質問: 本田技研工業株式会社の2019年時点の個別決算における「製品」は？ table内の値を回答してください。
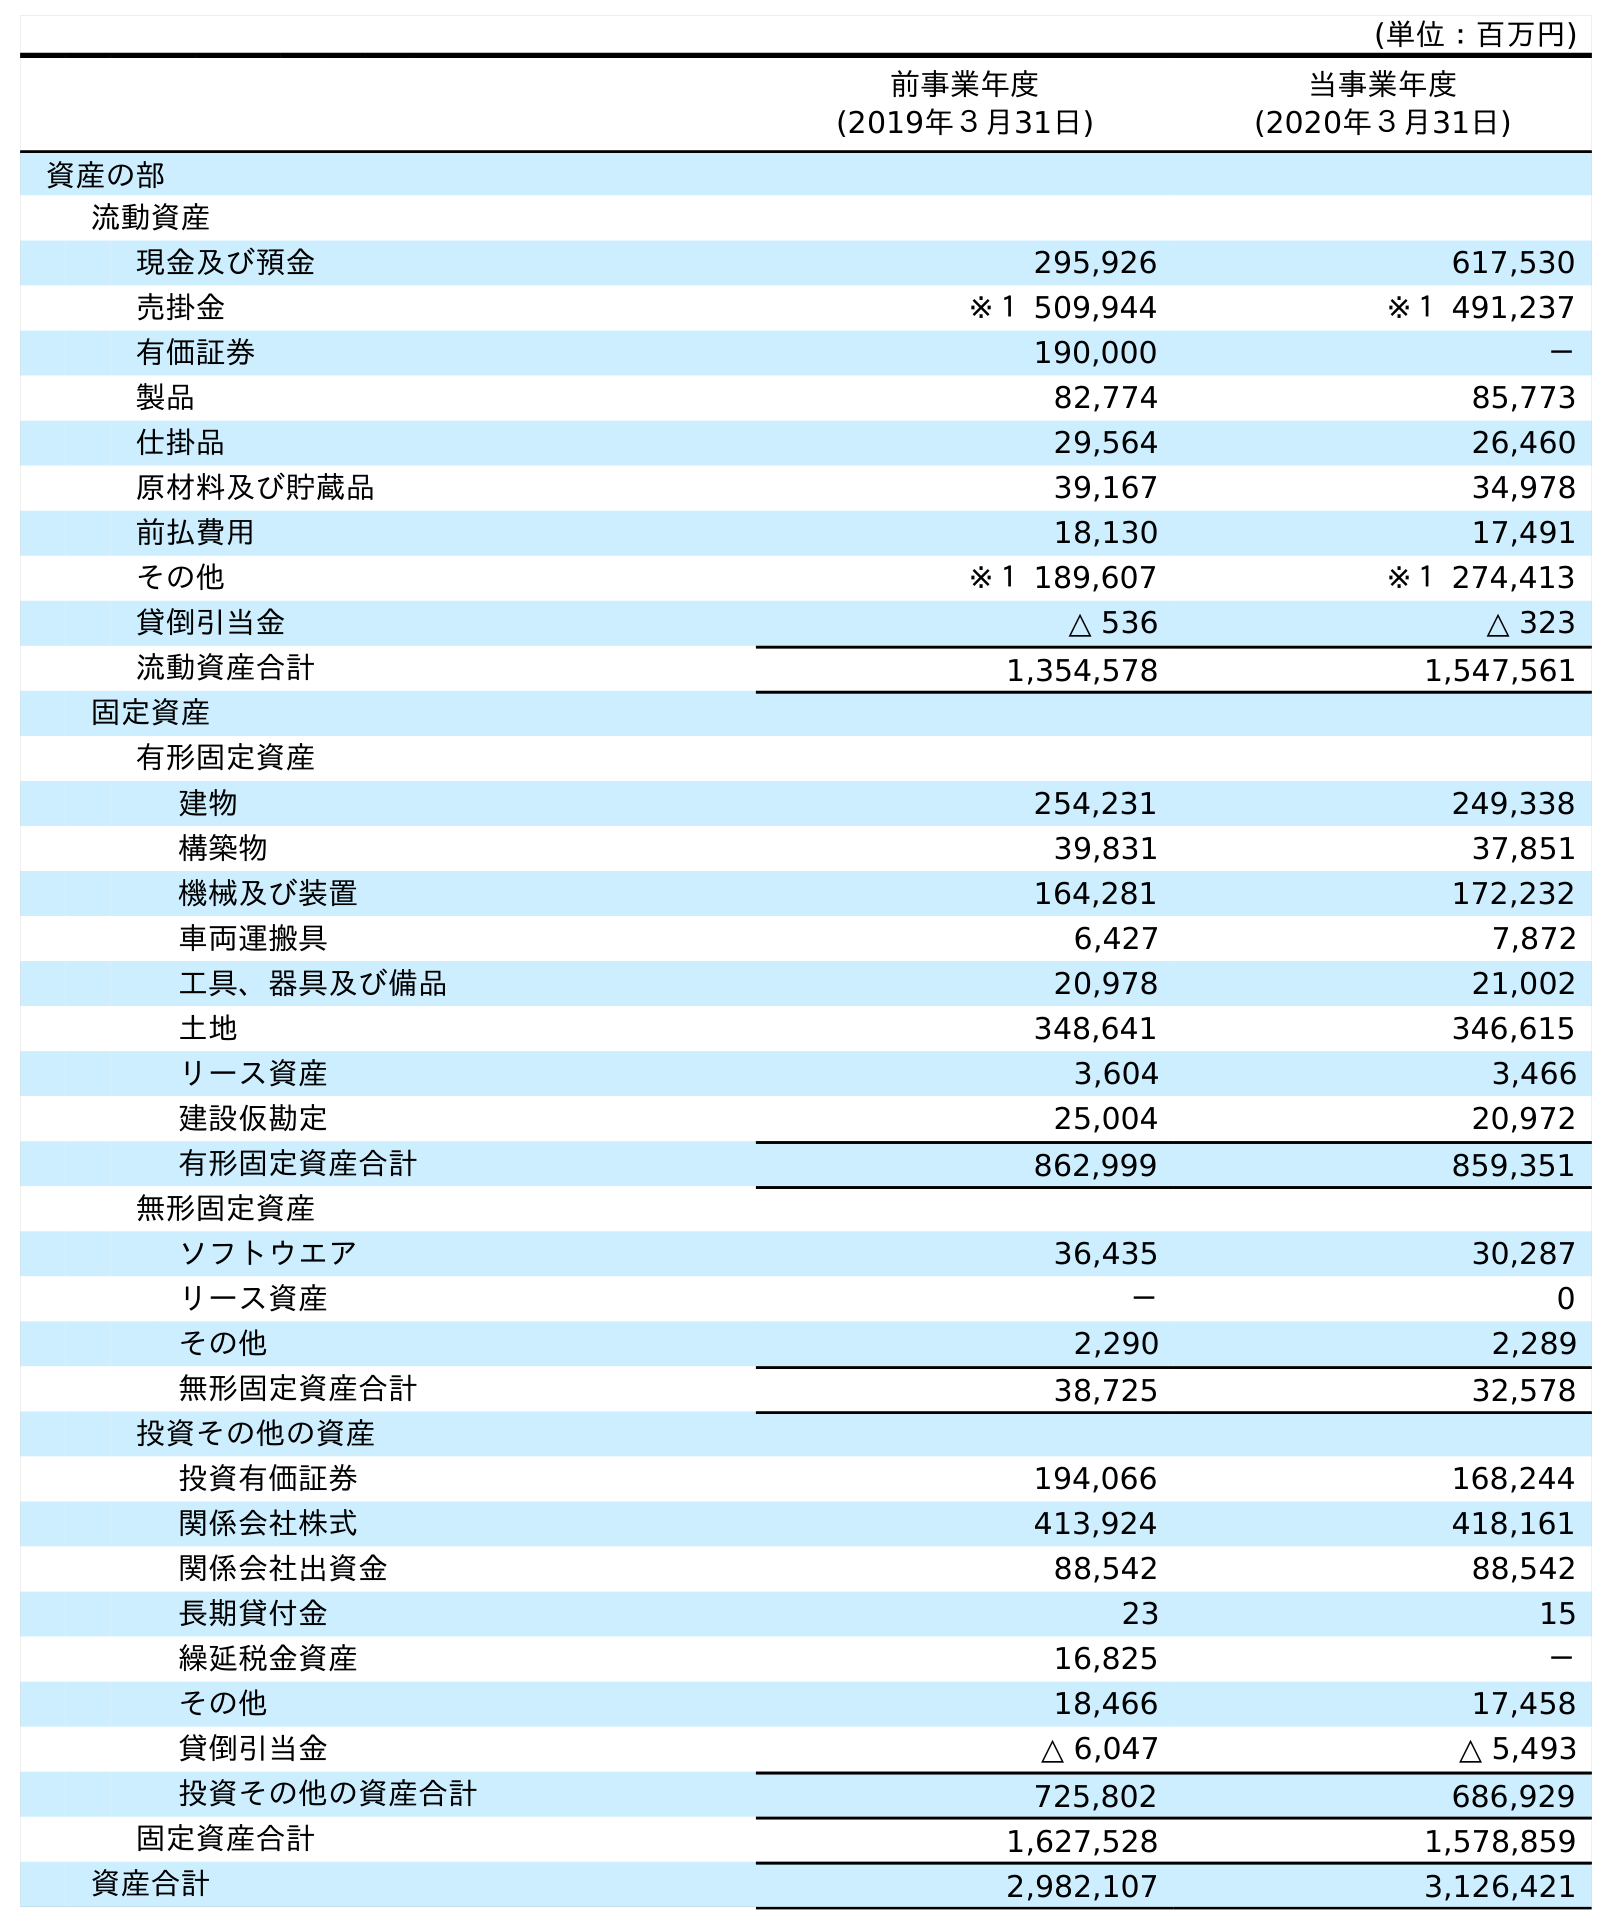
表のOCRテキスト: (単位：百万円) 前事業年度 (2019年３月31日) 当事業年度 (2020年３月31日) 資産の部 流動資産 現金及び預金 295,926 617,530 売掛金 ※１ 509,944 ※１ 491,237 有価証券 190,000 － 製品 82,774 85,773 仕掛品 29,564 26,460 原材料及び貯蔵品 39,167 34,978 前払費用 18,130 17,491 その他 ※１ 189,607 ※１ 274,413 貸倒引当金 △ 536 △ 323 流動資産合計 1,354,578 1,547,561 固定資産 有形固定資産 建物 254,231 249,338 構築物 39,831 37,851 機械及び装置 164,281 172,232 車両運搬具 6,427 7,872 工具、器具及び備品 20,978 21,002 土地 348,641 346,615 リース資産 3,604 3,466 建設仮勘定 25,004 20,972 有形固定資産合計 862,999 859,351 無形固定資産 ソフトウエア 36,435 30,287 リース資産 － 0 その他 2,290 2,289 無形固定資産合計 38,725 32,578 投資その他の資産 投資有価証券 194,066 168,244 関係会社株式 413,924 418,161 関係会社出資金 88,542 88,542 長期貸付金 23 15 繰延税金資産 16,825 － その他 18,466 17,458 貸倒引当金 △ 6,047 △ 5,493 投資その他の資産合計 725,802 686,929 固定資産合計 1,627,528 1,578,859 資産合計 2,982,107 3,126,421
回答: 82,774